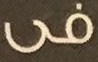
فى